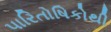
પારિતોષિકોથી